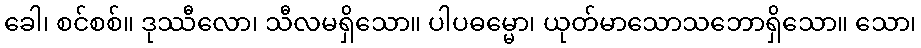
ခေါ၊ စင်စစ်။ ဒုဿီလော၊ သီလမရှိသော။ ပါပဓမ္မော၊ ယုတ်မာသောသဘောရှိသော။ သော၊